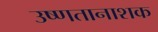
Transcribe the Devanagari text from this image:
उष्णतानाशक